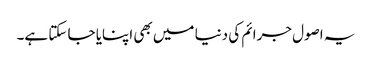
یہ اصول جرائم کی دنیا میں بھی اپنایا جا سکتا ہے۔